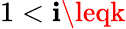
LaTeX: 1<\mathbf{i}\leqk